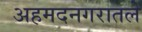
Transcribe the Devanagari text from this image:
अहमदनगरातले